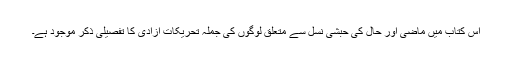
اس کتاب میں ماضی اور حال کی حبشی نسل سے متعلق لوگوں کی جملہ تحریکات آزادی کا تفصیلی ذکر موجود ہے۔